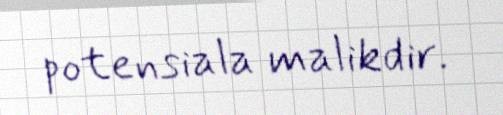
potensiala malikdir.